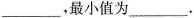
___，最小值为___.